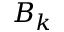
B _ { k }